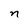
Character: n